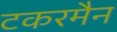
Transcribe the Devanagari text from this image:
टकरमैन